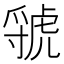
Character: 虢